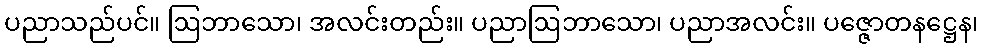
ပညာသည်ပင်။ ဩဘာသော၊ အလင်းတည်း။ ပညာဩဘာသော၊ ပညာအလင်း။ ပဇ္ဇောတနဋ္ဌေန၊